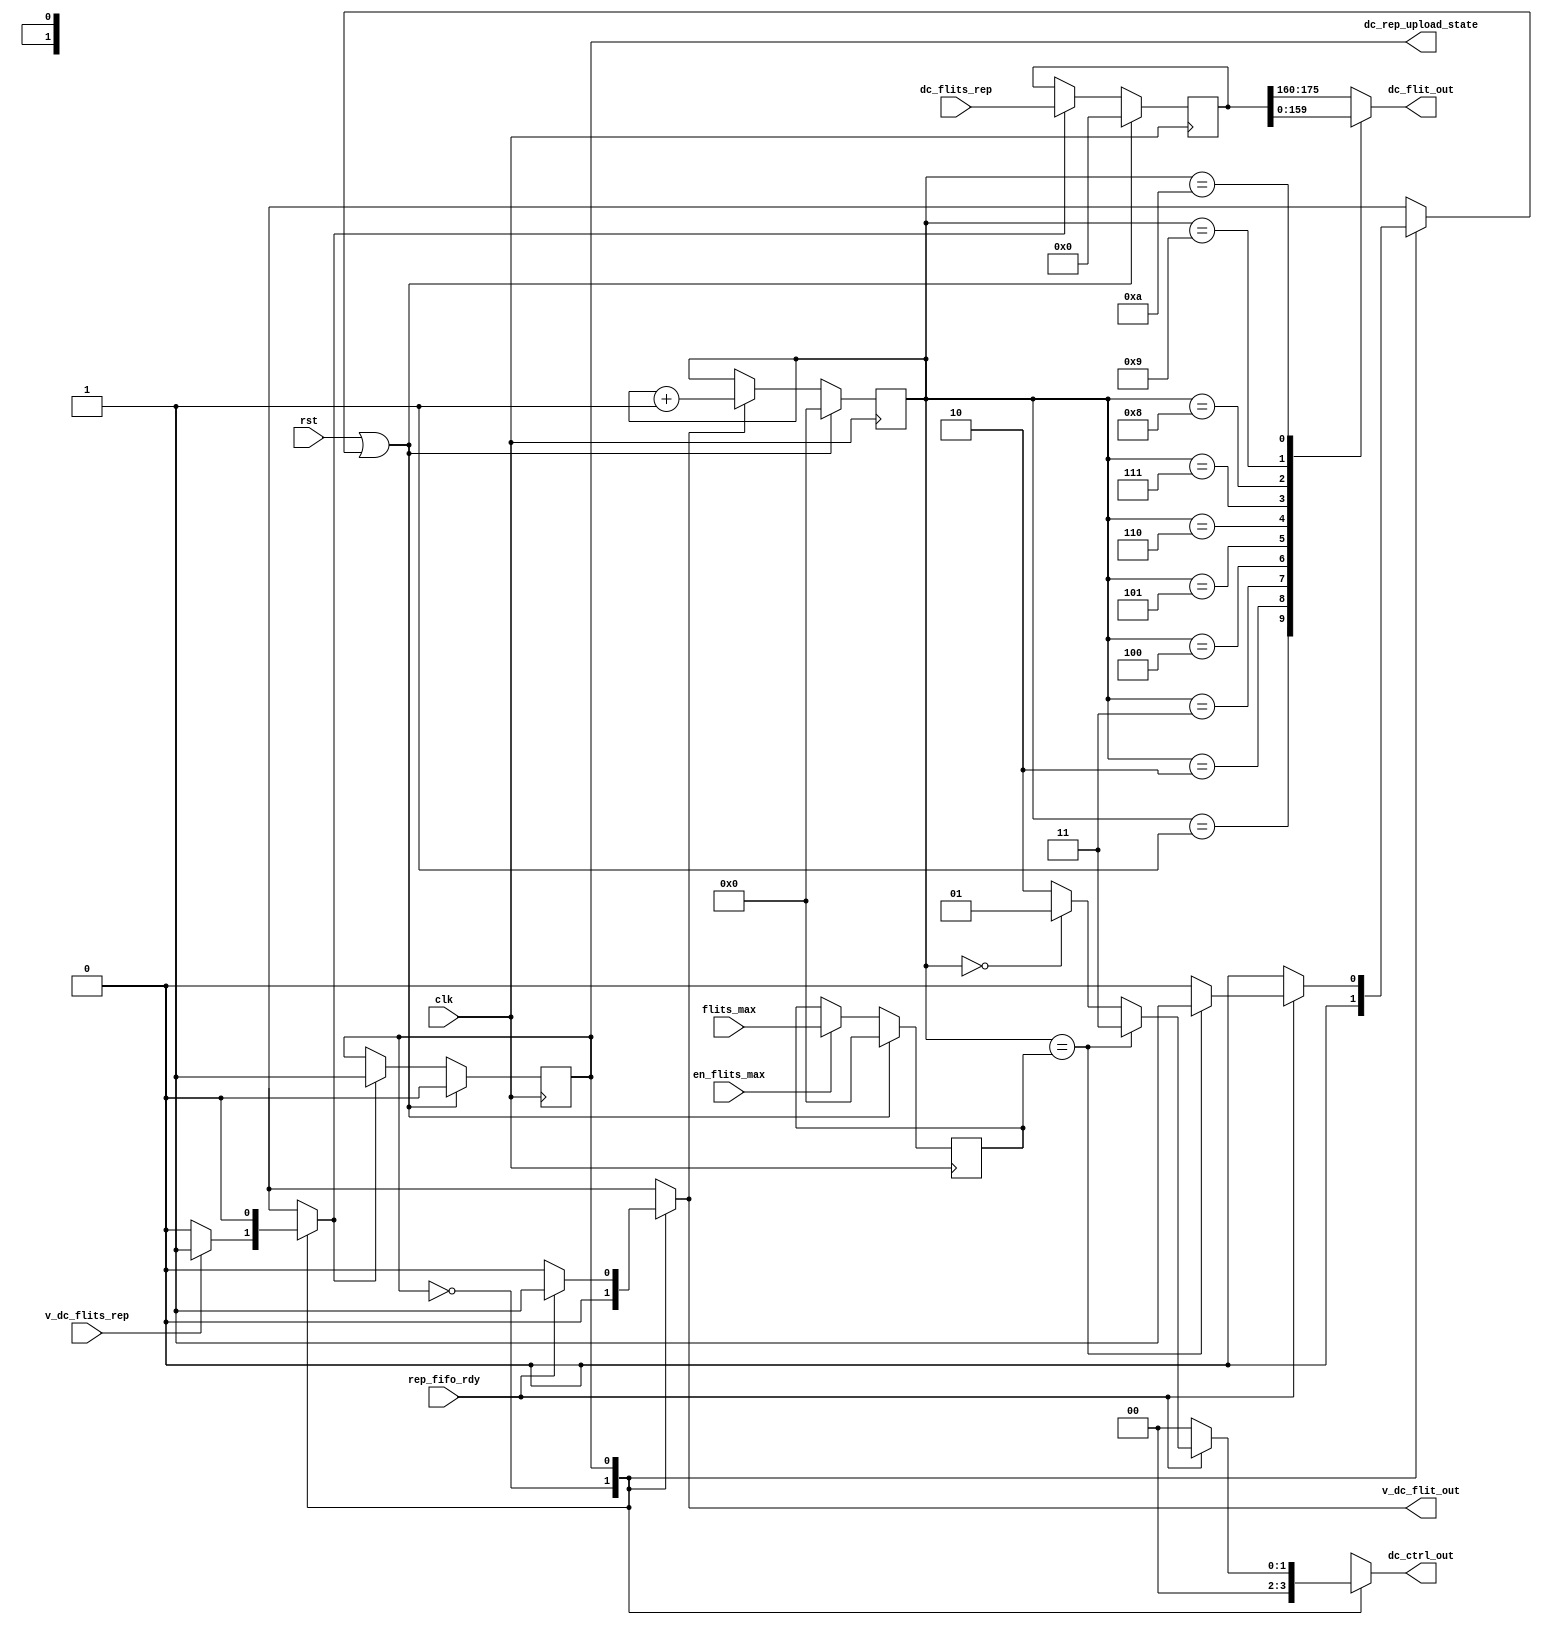
module   dc_rep_upload(//input
                          clk,
                          rst,
                          dc_flits_rep,
                          v_dc_flits_rep,
                          flits_max,
                          en_flits_max,
                          rep_fifo_rdy,
                          //output
                          dc_flit_out,
                          v_dc_flit_out,
								  dc_ctrl_out,
                          dc_rep_upload_state
                          );
//input
input                          clk;
input                          rst;
input         [175:0]          dc_flits_rep;
input                          v_dc_flits_rep;
input         [3:0]            flits_max;
input                          en_flits_max;
input                          rep_fifo_rdy;
                          //output
output        [15:0]            dc_flit_out;
output                          v_dc_flit_out;
output       [1:0]              dc_ctrl_out;
output                          dc_rep_upload_state;

//parameter 
parameter    dc_rep_upload_idle=1'b0;
parameter    dc_rep_upload_busy=1'b1;

//reg          dc_req_nstate; 
reg          dc_rep_state;
reg  [175:0]  dc_rep_flits;
reg  [3:0]   sel_cnt;
reg          v_dc_flit_out;
reg          fsm_rst;
reg          next;
reg          en_flits_in;
reg          inc_cnt;
reg  [3:0]   flits_max_reg;
reg  [1:0]   dc_ctrl_out;
assign dc_rep_upload_state=dc_rep_state;
always@(*)
begin
  //default value
 // dc_req_nstate=dc_req_state;
  v_dc_flit_out=1'b0;
  inc_cnt=1'b0;
  fsm_rst=1'b0;
  en_flits_in=1'b0;
  next=1'b0;
  dc_ctrl_out=2'b00;
  case(dc_rep_state)
    dc_rep_upload_idle:
       begin
         if(v_dc_flits_rep)
           begin
             en_flits_in=1'b1;
             next=1'b1;
           end
       end
    dc_rep_upload_busy:
       begin
         if(rep_fifo_rdy)
           begin
             if(sel_cnt==flits_max_reg)
				  begin
               fsm_rst=1'b1;
					dc_ctrl_out=2'b11;
					end
				else if(sel_cnt==3'b000)
				    dc_ctrl_out=2'b01;
				else 	 
				    dc_ctrl_out=2'b10;
             inc_cnt=1'b1;
             v_dc_flit_out=1'b1;
           end
       end
    endcase
end

// fsm state
always@(posedge clk)
begin
  if(rst||fsm_rst)
    dc_rep_state<=1'b0;
else if(next)
    dc_rep_state<=1'b1;
end
// flits regs
always@(posedge clk)
begin
  if(rst||fsm_rst)
    dc_rep_flits<=176'h0000;
  else if(en_flits_in)
    dc_rep_flits<=dc_flits_rep;
end
reg  [15:0]  dc_flit_out;
always@(*)
begin
  case(sel_cnt)
    4'b0000:dc_flit_out=dc_rep_flits[175:160];
    4'b0001:dc_flit_out=dc_rep_flits[159:144];
    4'b0010:dc_flit_out=dc_rep_flits[143:128];
    4'b0011:dc_flit_out=dc_rep_flits[127:112];
    4'b0100:dc_flit_out=dc_rep_flits[111:96];
    4'b0101:dc_flit_out=dc_rep_flits[95:80];
    4'b0110:dc_flit_out=dc_rep_flits[79:64];
    4'b0111:dc_flit_out=dc_rep_flits[63:48];
    4'b1000:dc_flit_out=dc_rep_flits[47:32];
    4'b1001:dc_flit_out=dc_rep_flits[31:16];
    4'b1010:dc_flit_out=dc_rep_flits[15:0];
    default:dc_flit_out=dc_rep_flits[175:160];
  endcase
end

// flits_max
always@(posedge  clk)
begin
  if(rst||fsm_rst)
    flits_max_reg<=4'b0000;
  else if(en_flits_max)
    flits_max_reg<=flits_max;
end
    
///sel_counter
always@(posedge clk)
begin
  if(rst||fsm_rst)
    sel_cnt<=4'b0000;
  else if(inc_cnt)
    sel_cnt<=sel_cnt+4'b0001;
end

endmodule